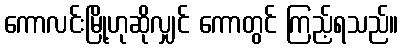
ကောလင်းမြို့ဟုဆိုလျှင် ကောတွင် ကြည့်ရသည်။